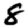
Digit: 8